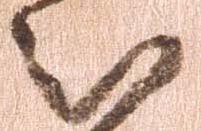
被